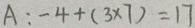
A : - 4 + ( 3 \times 7 ) = 1 7